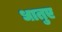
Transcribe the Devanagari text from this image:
धातुए